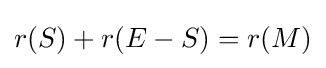
r(S)+r(E-S)=r(M)